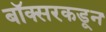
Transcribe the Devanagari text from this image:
बॉक्सरकडून